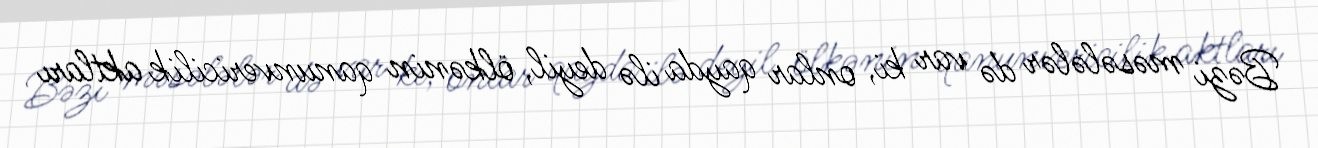
Bəzi məsələlər də var ki, onlar qayda ilə deyil, ölkənin qanunvericilik aktları